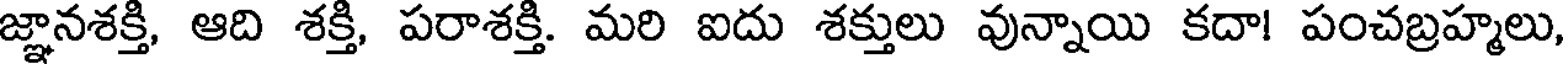
జ్ఞానశక్తి, ఆది శక్తి, పరాశక్తి. మరి ఐదు శక్తులు వున్నాయి కదా! పంచబ్రహ్మలు,